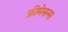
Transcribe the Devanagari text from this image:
फ्रीमेसन्स